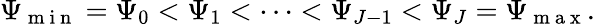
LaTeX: \Psi_{\mathrm{~m~i~n~}}=\Psi_{0}<\Psi_{1}<\cdots<\Psi_{J-1}<\Psi_{J}=\Psi_{\mathrm{~m~a~x~}}.